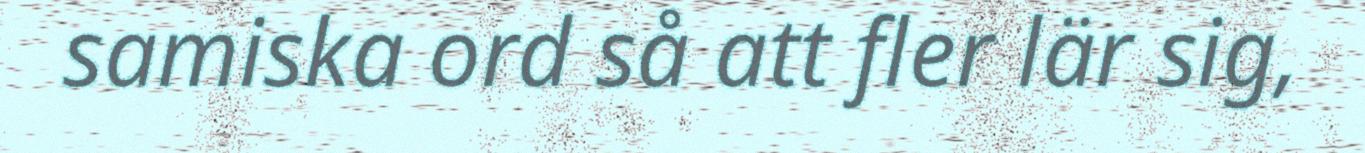
samiska ord så att fler lär sig,